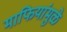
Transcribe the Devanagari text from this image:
माफियांमुळे